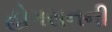
હોગસનની